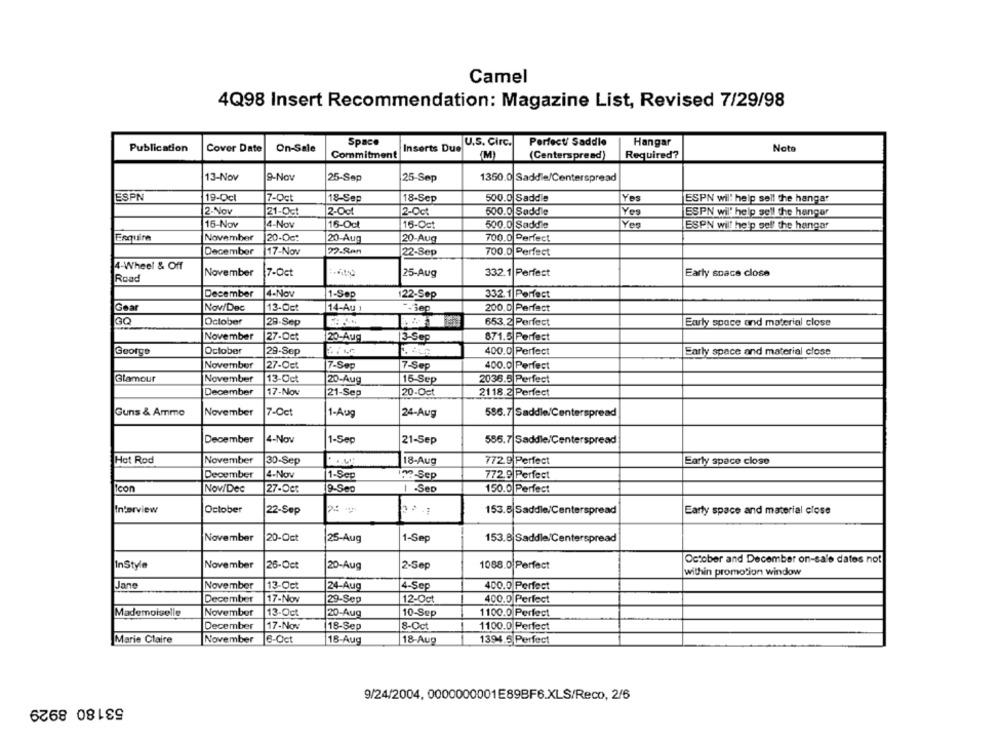
Camel
4Q98 Insert Recommendation: Magazine List, Revised 7/29/98
Space
U.S. Circ.
Perfect/ Saddle
Publication
Cover Date
On-Sale
Inserts Due
Hangar
Note
Commitment
(M)
(Centerspread)
Required?
13-Nov
9-Nov
25-Sap
25-Sep
1350.0 Saddie/Centerspread
ESPN
19-Oct
7-Oct
18-Sep
18-Sep
500.0 Saddle
Yes
ESPN will help sell the hangar
2-Nov
21-Oct
2-Oct
2-Oct
500.0 Saddle
Yes
ESPN wil' help sell the hanger
16-Nov
4-Nov
16-Oct
16-Oct
500.0 Saddle
Yes
[ESPN will help sel' the hangar
Esquire
November
20-Oct
20-Aug
700.0 Perfect
20-Aug
December
17-Nov
22-Sep
700.0 Perfect
4-Wheel & Off
November
7-Oct
25-Aug
332.1 Perfect
Early space close
Road
December
4-Nov
1-Sep
122-Sep
332.1 Perfect
Gear
Nov/Dec
13-Oct
14-Au 1
-. Sep
200.0 Perfact
3Q
October
29-Sep
653.2 Perfect
Early space and material close
November
27-Oct
20-Aug
13-Ses
871.5 Perfest
George
October
29-Sep
400.0 Perfect
Early space and material close
November
27-Oct
7-Sep
7-Sep
400.0 Perfect
Glamour
November
13-Oct
2036.5 Perfect
20-Aug
15-Sep
December
17-Nov
21-Sep
20-Oct
2118.2 Perfect
Guns & Ammo
November
7-Oct
1-Aug
24-Aug
586.7 Saddle/Centerspread
December
4-Nov
1-Sep
21-Sep
556.7 Saddle/Centerspread
Hot Rod
November
30-Sep
18-Aug
772.9 Perfect
Early space close
December
4-Nov
1-Sep
772.9 Perfect
178-Sep
icon
Nov/Dec
27-Oct
9-Sep
1 -Sep
150.0 Perfect
Interview
October
22-Sep
153.8 Saddle/Centerspread
Early space and material close
November
20-Oct
25-Aug
1-Sep
153.8 Saddle/Centerspread
InStyle
November
26-Oct
1088.0 Perfect
October and December on-sa'e dates not
20-Aug
2-Sep
within promotion window
Jane
November
13-Oct
24-Aug
4-Sep
400.0 Perfect
December
17-Nov
29-Sep
12-Oct
400.0 Perfect
Mademoiselle
November
13-Oct
20-Aug
10-Sep
1100.0 Perfect
December
17-Nov
18-Sep
8-Oct
1100.0 Perfect
Marie Claire
6-Oct
November
18-Aug
18-Aug
1394.5 Perfect
9/24/2004, 0000000001E89BF6.XLS/Reco, 2/6
53180 8929